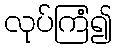
လုပ်ကြံ၍